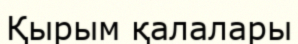
Қырым қалалары